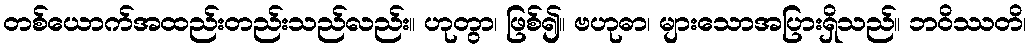
တစ်ယောက်အထည်းတည်းသည်လည်း။ ဟုတွာ၊ ဖြစ်၍။ ဗဟုဓာ၊ များသောအပြားရှိသည်။ ဘဝိဿတိ၊